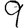
Digit: 9